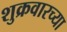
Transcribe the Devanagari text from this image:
शुक्रवारच्या